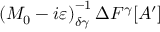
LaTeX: \left( M _ { 0 } - i \varepsilon \right) _ { \delta \gamma } ^ { - 1 } \Delta F ^ { \gamma } [ A ^ { \prime } ]